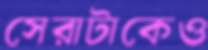
সেরাটাকেও